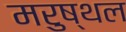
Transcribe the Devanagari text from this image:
मरुष्थल